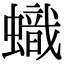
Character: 蟙